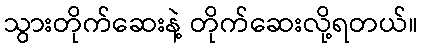
သွားတိုက်ဆေးနဲ့ တိုက်ဆေးလို့ရတယ်။